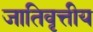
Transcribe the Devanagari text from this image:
जातिवृत्तीय